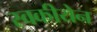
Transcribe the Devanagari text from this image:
स्वकीयेन